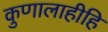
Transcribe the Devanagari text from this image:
कुणालाहीहि